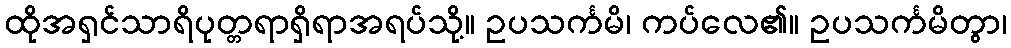
ထိုအရှင်သာရိပုတ္တရာရှိရာအရပ်သို့။ ဥပသင်္ကမိ၊ ကပ်လေ၏။ ဥပသင်္ကမိတွာ၊